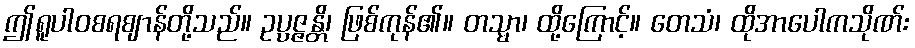
ဤရူပါဝစရဈာန်တို့သည်။ ဥပ္ပဇ္ဇန္တိ၊ ဖြစ်ကုန်၏။ တသ္မာ၊ ထို့ကြောင့်။ တေသံ၊ ထိုအာပေါကသိုဏ်း